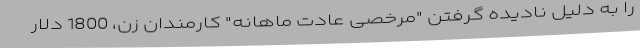
را به دلیل نادیده گرفتن "مرخصی عادت ماهانه" کارمندان زن، 1800 دلار